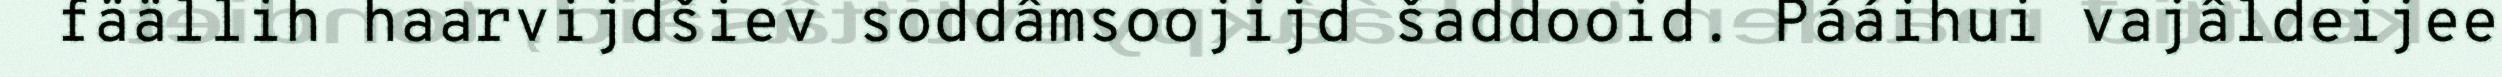
fäällih haarvijdšiev soddâmsoojijd šaddooid. Pááihui vajâldeijee